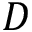
D